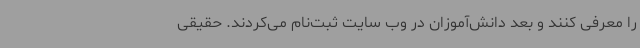
را معرفی کنند و بعد دانش‌آموزان در وب سایت ثبت‌نام می‌کردند. حقیقی